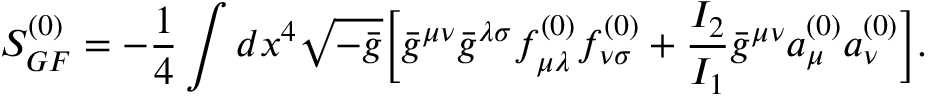
S _ { G F } ^ { ( 0 ) } = - \frac { 1 } { 4 } \int d x ^ { 4 } \sqrt { - \bar { g } } \Bigl [ \bar { g } ^ { \mu \nu } \bar { g } ^ { \lambda \sigma } f _ { \mu \lambda } ^ { ( 0 ) } f _ { \nu \sigma } ^ { ( 0 ) } + \frac { I _ { 2 } } { I _ { 1 } } \bar { g } ^ { \mu \nu } a _ { \mu } ^ { ( 0 ) } a _ { \nu } ^ { ( 0 ) } \Bigr ] .